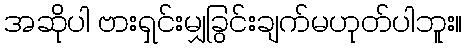
အဆိုပါ ဗားရှင်းမျှခြွင်းချက်မဟုတ်ပါဘူး။